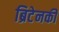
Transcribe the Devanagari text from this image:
ब्रिटेनकी